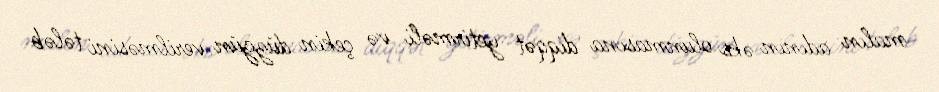
malın adının əks olunmasına diqqət yetirməli və çekin düzgün verilməsini tələb